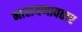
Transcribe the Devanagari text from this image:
नारायणावतार